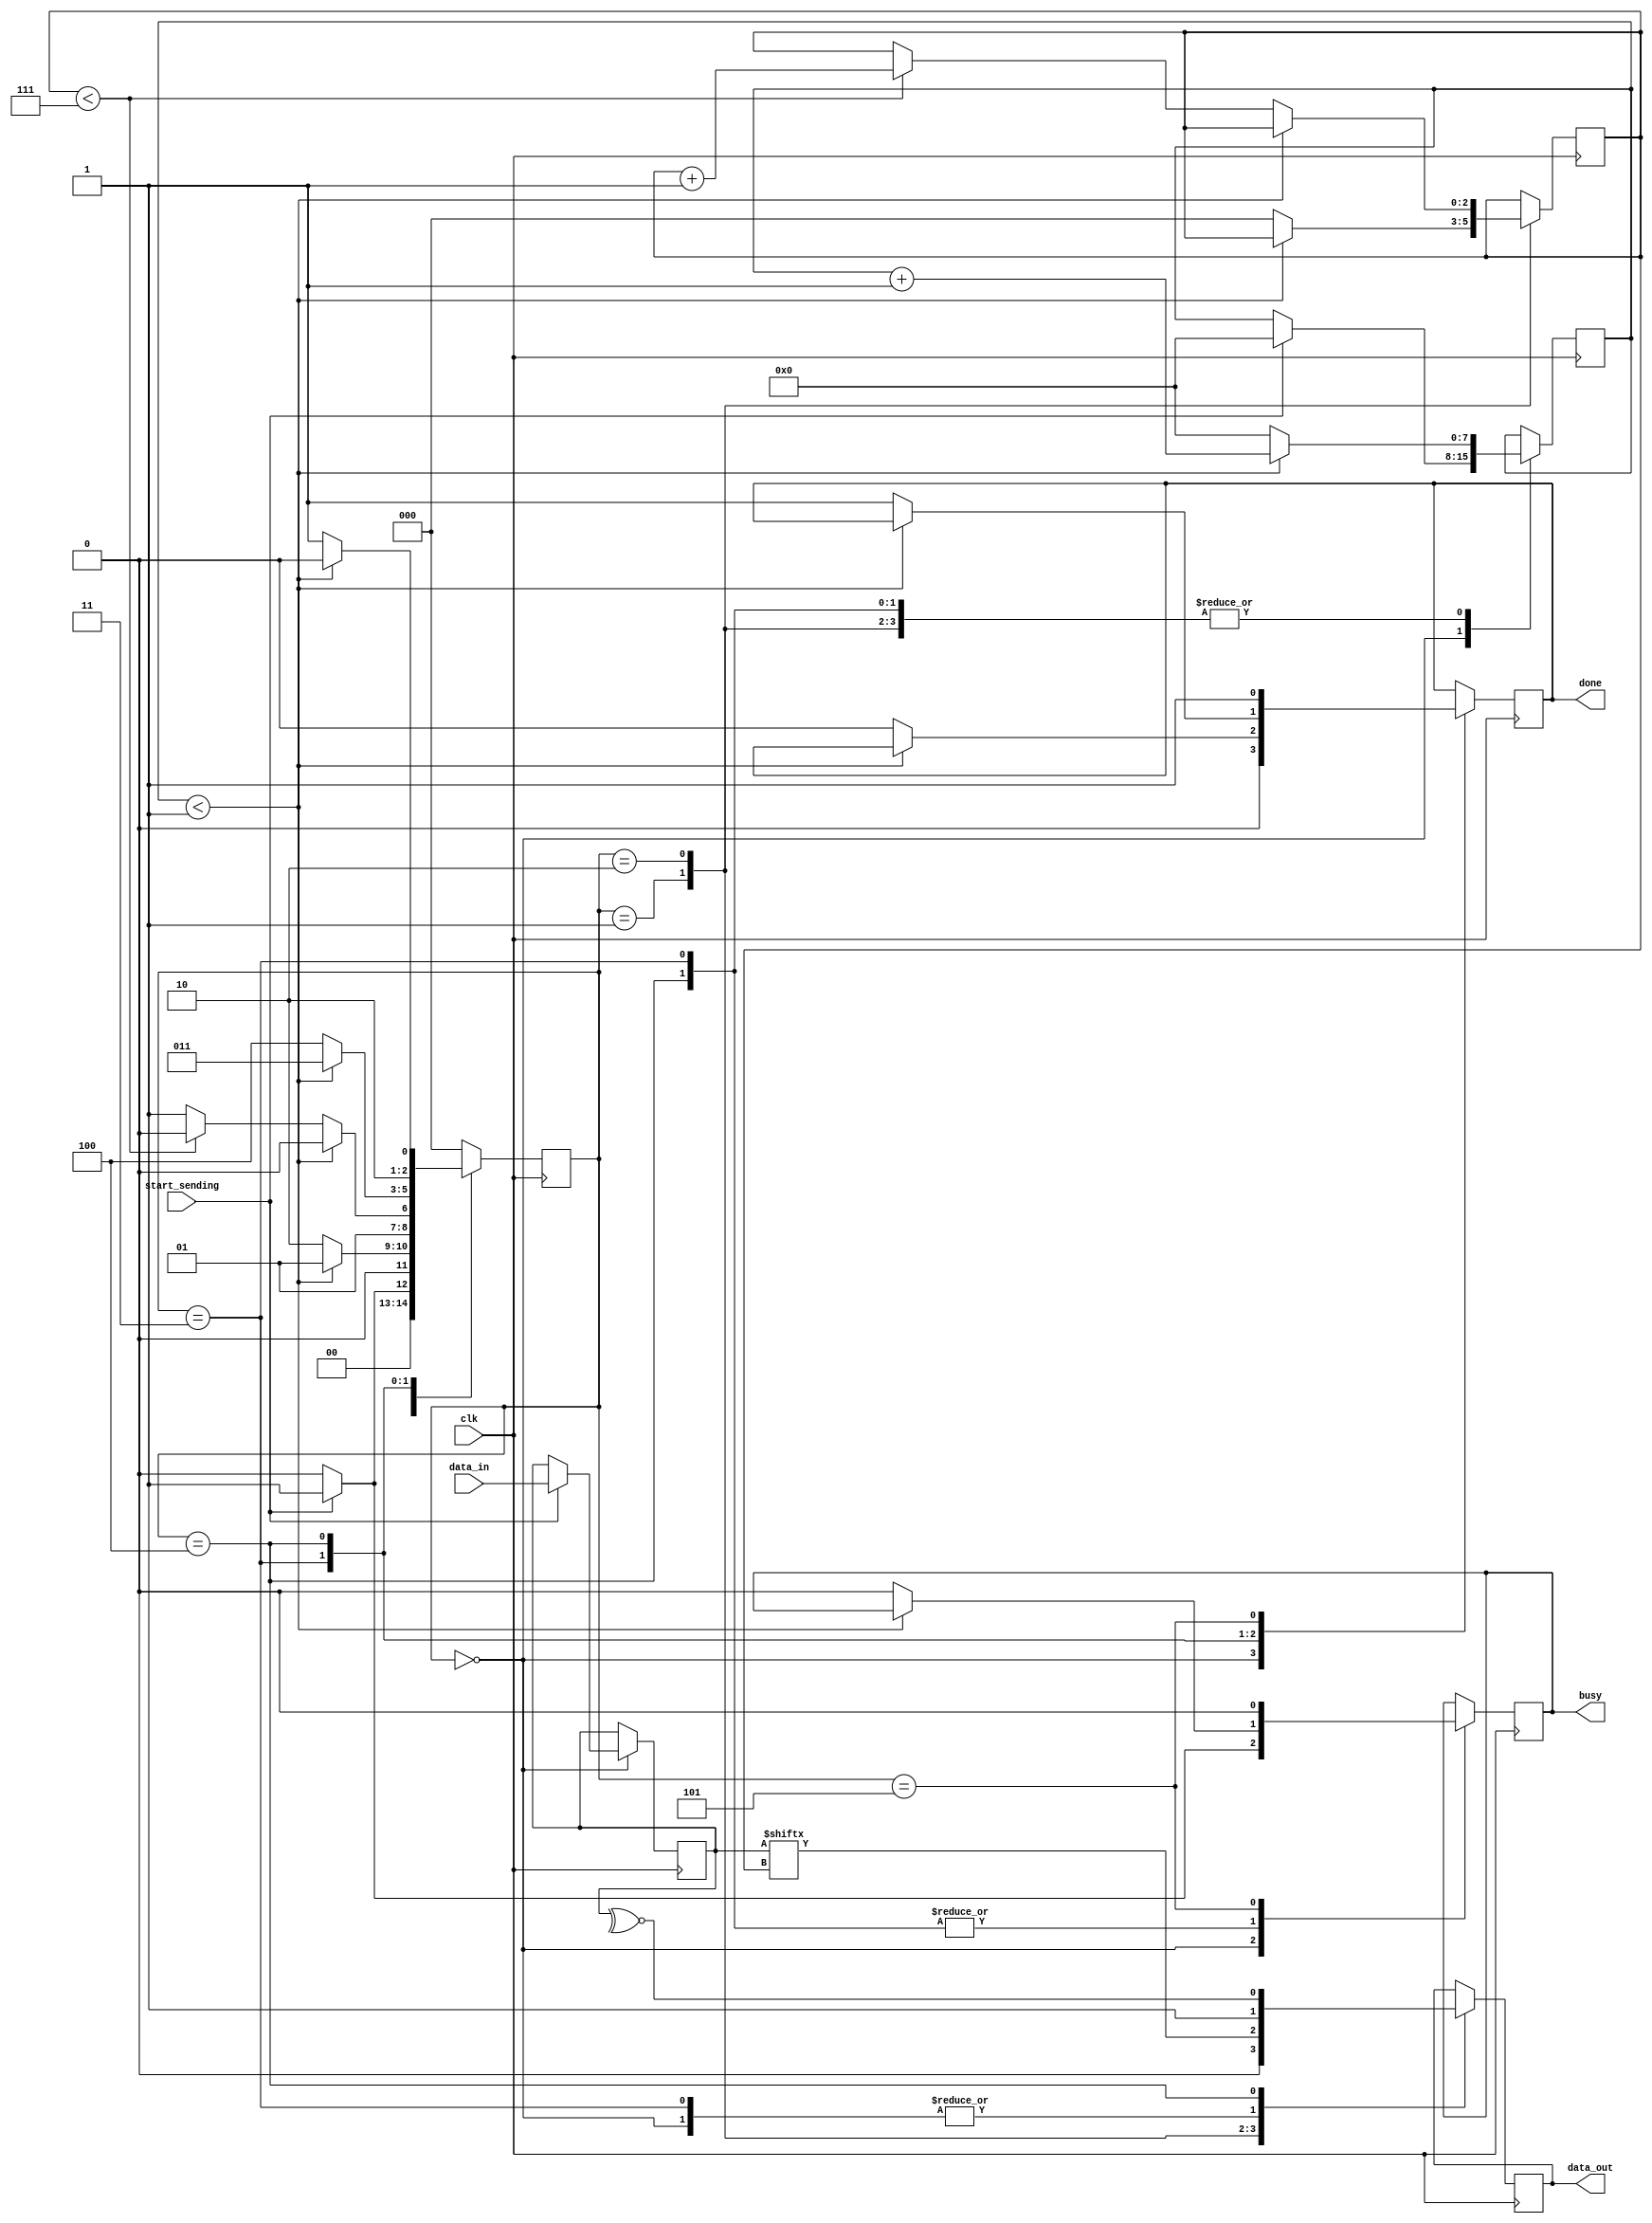
`timescale 1ns / 1ps

module UART_Tx(
    input [7:0] data_in,
	 input start_sending,
	 input clk,
	 output reg data_out,
	 output reg busy,
	 output reg done);
	 

//CLKS_per_bit is calculated as clock freq / baud rate	 
parameter CLKs_per_bit = 2;
	 
// FSM states
parameter IDLE = 3'b000;
parameter START_BIT = 3'b001;
parameter DATA_BITS = 3'b010;
parameter STOP_BIT = 3'b011;
parameter PARITY_BIT = 3'b100;
parameter FINISHED = 3'b101;

wire parity;

reg [2:0] current_state = IDLE;
reg [7:0] data_to_send;
reg [7:0] number_of_clks;
reg [2:0] bit_index;

always @ (posedge clk)
begin

	case (current_state) 
	
		// Stay IDLE until start sending signal is received
		IDLE: begin
			data_out <= 1;
			done <= 0;
			if ( start_sending == 1'b1 )begin
				current_state <= START_BIT;
				busy <= 1;
				data_to_send <= data_in;
				number_of_clks <= 0;
			end
			else begin
				busy <= 0;
				current_state <= IDLE;
			end
			
		end
		
		// send Start Bit for the specified clocks per bit then enter 
		// sending data state
		START_BIT: begin
			data_out <= 0;
			if (number_of_clks < CLKs_per_bit - 1) begin
				number_of_clks <= number_of_clks + 1;
				current_state <= START_BIT;
			end
			else begin
			current_state <= DATA_BITS;
			number_of_clks <= 0;
			bit_index <= 0;
			end
		end
		
		
		
		DATA_BITS: begin
			data_out <= data_to_send[bit_index];
			
			//check if sending this bit still needs more clocks
			if (number_of_clks < CLKs_per_bit - 1) begin
				number_of_clks <= number_of_clks + 1;
				current_state <= DATA_BITS;
			end
			else begin
				number_of_clks <= 0;
				//if sending this bit ended then check if sending all bits is done
				if (bit_index < 7) begin
					//if there is still data then send it
					bit_index <= bit_index + 1;
					current_state <= DATA_BITS;
				end
				else begin
					//if data sending is done go to sending stop bit
					current_state <= STOP_BIT;
				end	
			end
		end
				
			
		// send Stop bit for specified clocks per bit then enter
		// finished state
		STOP_BIT: begin
			data_out <= 1;
			if (number_of_clks < CLKs_per_bit - 1) begin
				number_of_clks <= number_of_clks + 1;
				current_state <= STOP_BIT;
			end
			else begin
			current_state <= PARITY_BIT;
			number_of_clks <= 0;
			busy <= 0;
			done <= 0;
			end
		end
		
		PARITY_BIT: begin
			data_out <= parity;
			if (number_of_clks < CLKs_per_bit - 1) begin
				number_of_clks <= number_of_clks + 1;
				current_state <= PARITY_BIT;
			end
			else begin
			current_state <= FINISHED;
			number_of_clks <= 0;
			busy <= 0;
			done <= 1;
			end
		end
		
		FINISHED: begin
			current_state <= IDLE;
			busy <= 0;
			done <= 1;
		end
		
		default: begin
			current_state <= IDLE;
		end
		
	endcase


end

assign parity = ~^data_to_send; 

endmodule